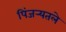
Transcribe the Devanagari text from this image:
पिंजर्‍यतले